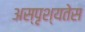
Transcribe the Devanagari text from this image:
अस्पृश्यतेस